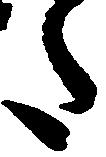
た